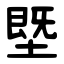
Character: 塈